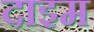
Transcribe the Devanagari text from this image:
दाइम